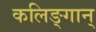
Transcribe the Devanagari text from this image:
कलिङ्गान्‌